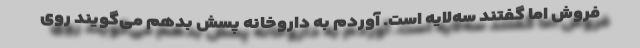
فروش اما گفتند سه‌لایه است. آوردم به داروخانه پسش بدهم می‌گویند روی